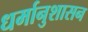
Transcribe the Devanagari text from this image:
धर्मानुशासन